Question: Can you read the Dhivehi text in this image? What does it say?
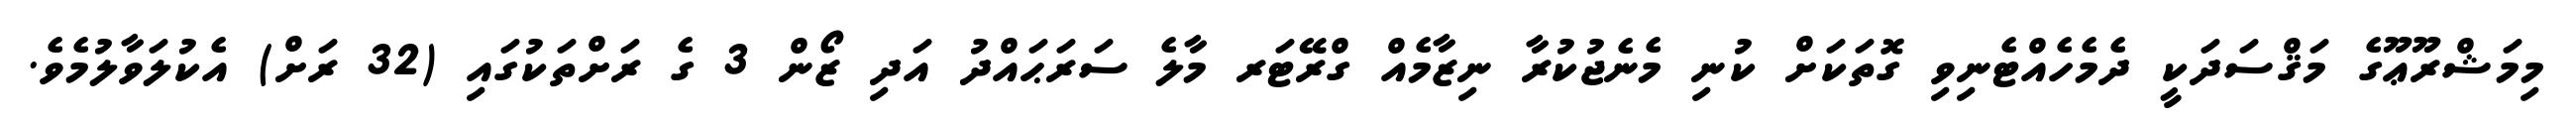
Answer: މިމަޝްރޫޢޫގެ މަޤްސަދަކީ ދެމެހެއްޓެނިވި ގޮތަކަށް ކުނި މެނެޖުކުރާ ނިޒާމެއް ގްރޭޓަރ މާލެ ސަރަޙައްދު އަދި ޒޯން 3 ގެ ރަށްތަކުގައި (32 ރަށް) އެކުލަވާލުމެވެ.